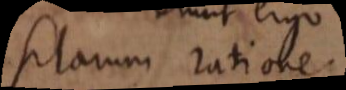
sitarium ratione